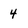
Character: 4